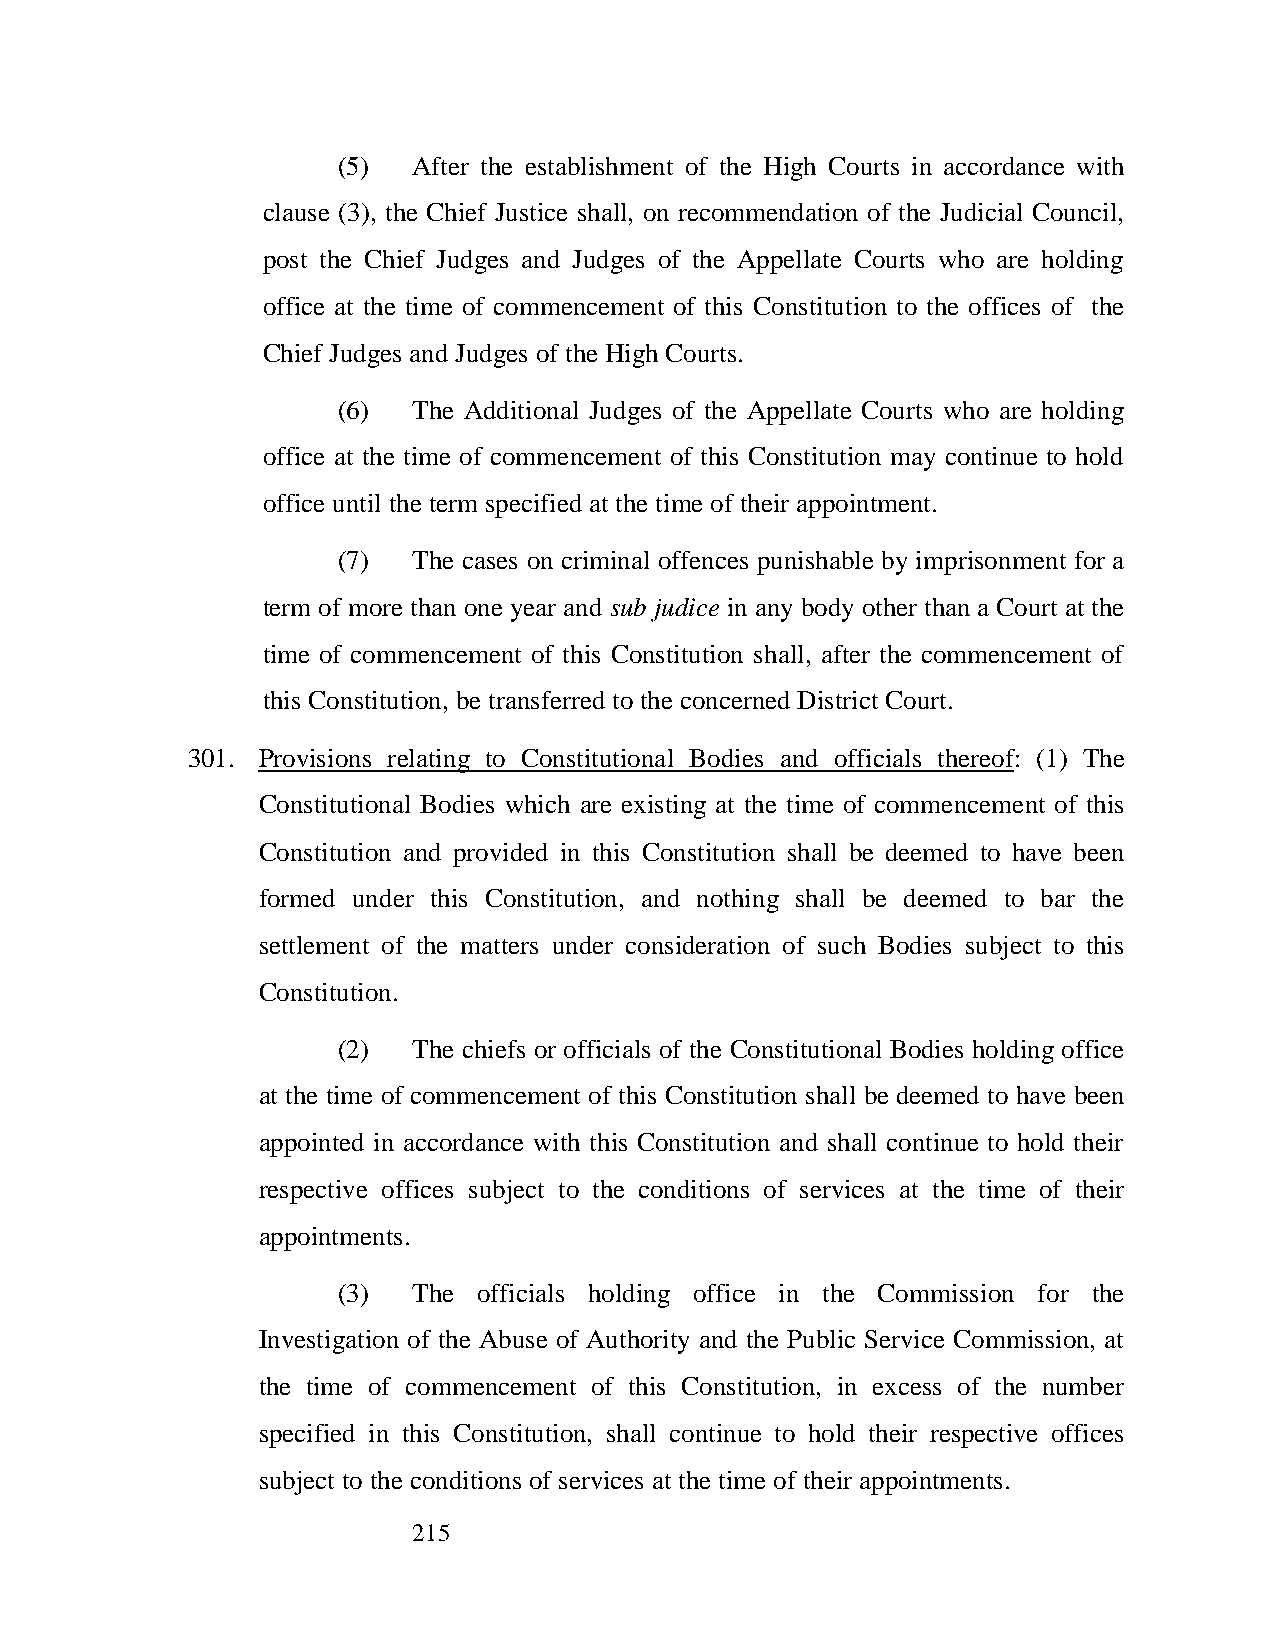
(5)  After the establishment of the High Courts in accordance with
 clause (3), the Chief Justice shall, on recommendation of the Judicial Council,
 post the Chief Judges and Judges of the Appellate Courts who are holding
 office at the time of commencement of this Constitution to the offices of the
 Chief Judges and Judges of the High Courts.
 (6)  The Additional Judges of the Appellate Courts who are holding
 office at the time of commencement of this Constitution may continue to hold
 office until the term specified at the time of their appointment.
 (7)  The cases on criminal offences punishable by imprisonment for a
 term of more than one year and sub judice in any body other than a Court at the
 time of commencement of this Constitution shall, after the commencement of
 this Constitution, be transferred to the concerned District Court.
 301. Provisions relating to Constitutional Bodies and officials thereof: (1) The
 Constitutional Bodies which are existing at the time of commencement of this
 Constitution and provided in this Constitution shall be deemed to have been
 formed under this Constitution, and nothing shall be deemed to bar the
 settlement of the matters under consideration of such Bodies subject to this
 Constitution.
 (2)  The chiefs or officials of the Constitutional Bodies holding office
 at the time of commencement of this Constitution shall be deemed to have been
 appointed in accordance with this Constitution and shall continue to hold their
 respective offices subject to the conditions of services at the time of their
 appointments.
 (3)  The  officials holding office in the Commission for the
 Investigation of the Abuse of Authority and the Public Service Commission, at
 the time of commencement of this Constitution, in excess of the number
 specified in this Constitution, shall continue to hold their respective offices
 subject to the conditions of services at the time of their appointments.
 215